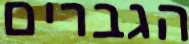
הגברים